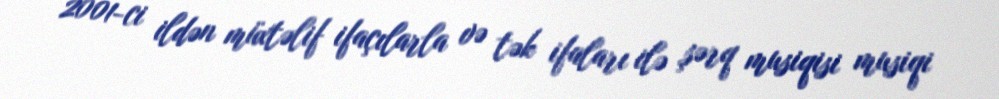
2001-ci ildən müxtəlif ifaçılarla və tək ifaları ilə şərq musiqisi musiqi